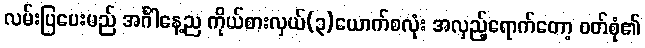
လမ်းပြပေးမည် အင်္ဂါနေ့ည ကိုယ်စားလှယ်(၃)ယောက်စလုံး အလှည့်ရောက်တော့ ဝတ်စုံ၏